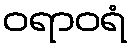
ဝရာဝရံ